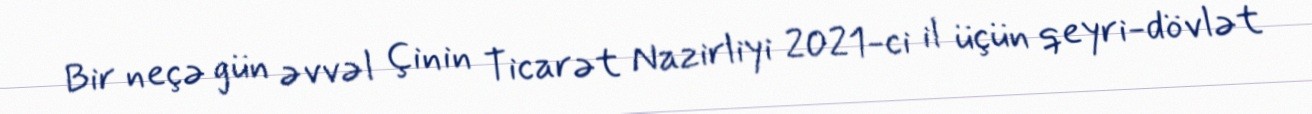
Bir neçə gün əvvəl Çinin Ticarət Nazirliyi 2021-ci il üçün qeyri-dövlət